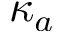
\kappa _ { a }